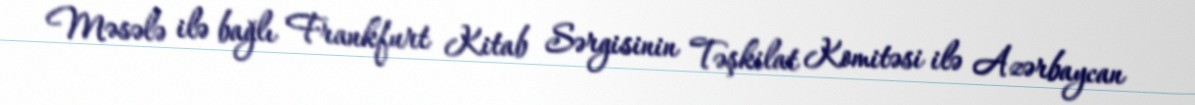
Məsələ ilə bağlı Frankfurt Kitab Sərgisinin Təşkilat Komitəsi ilə Azərbaycan